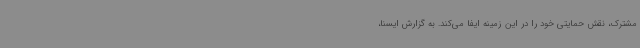
مشترک، نقش حمایتی خود را در این زمینه ایفا می‌کند. به گزارش ایسنا،